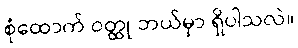
စုံထောက် ဝတ္ထု ဘယ်မှာ ရှိပါသလဲ။